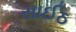
સાઈઠ